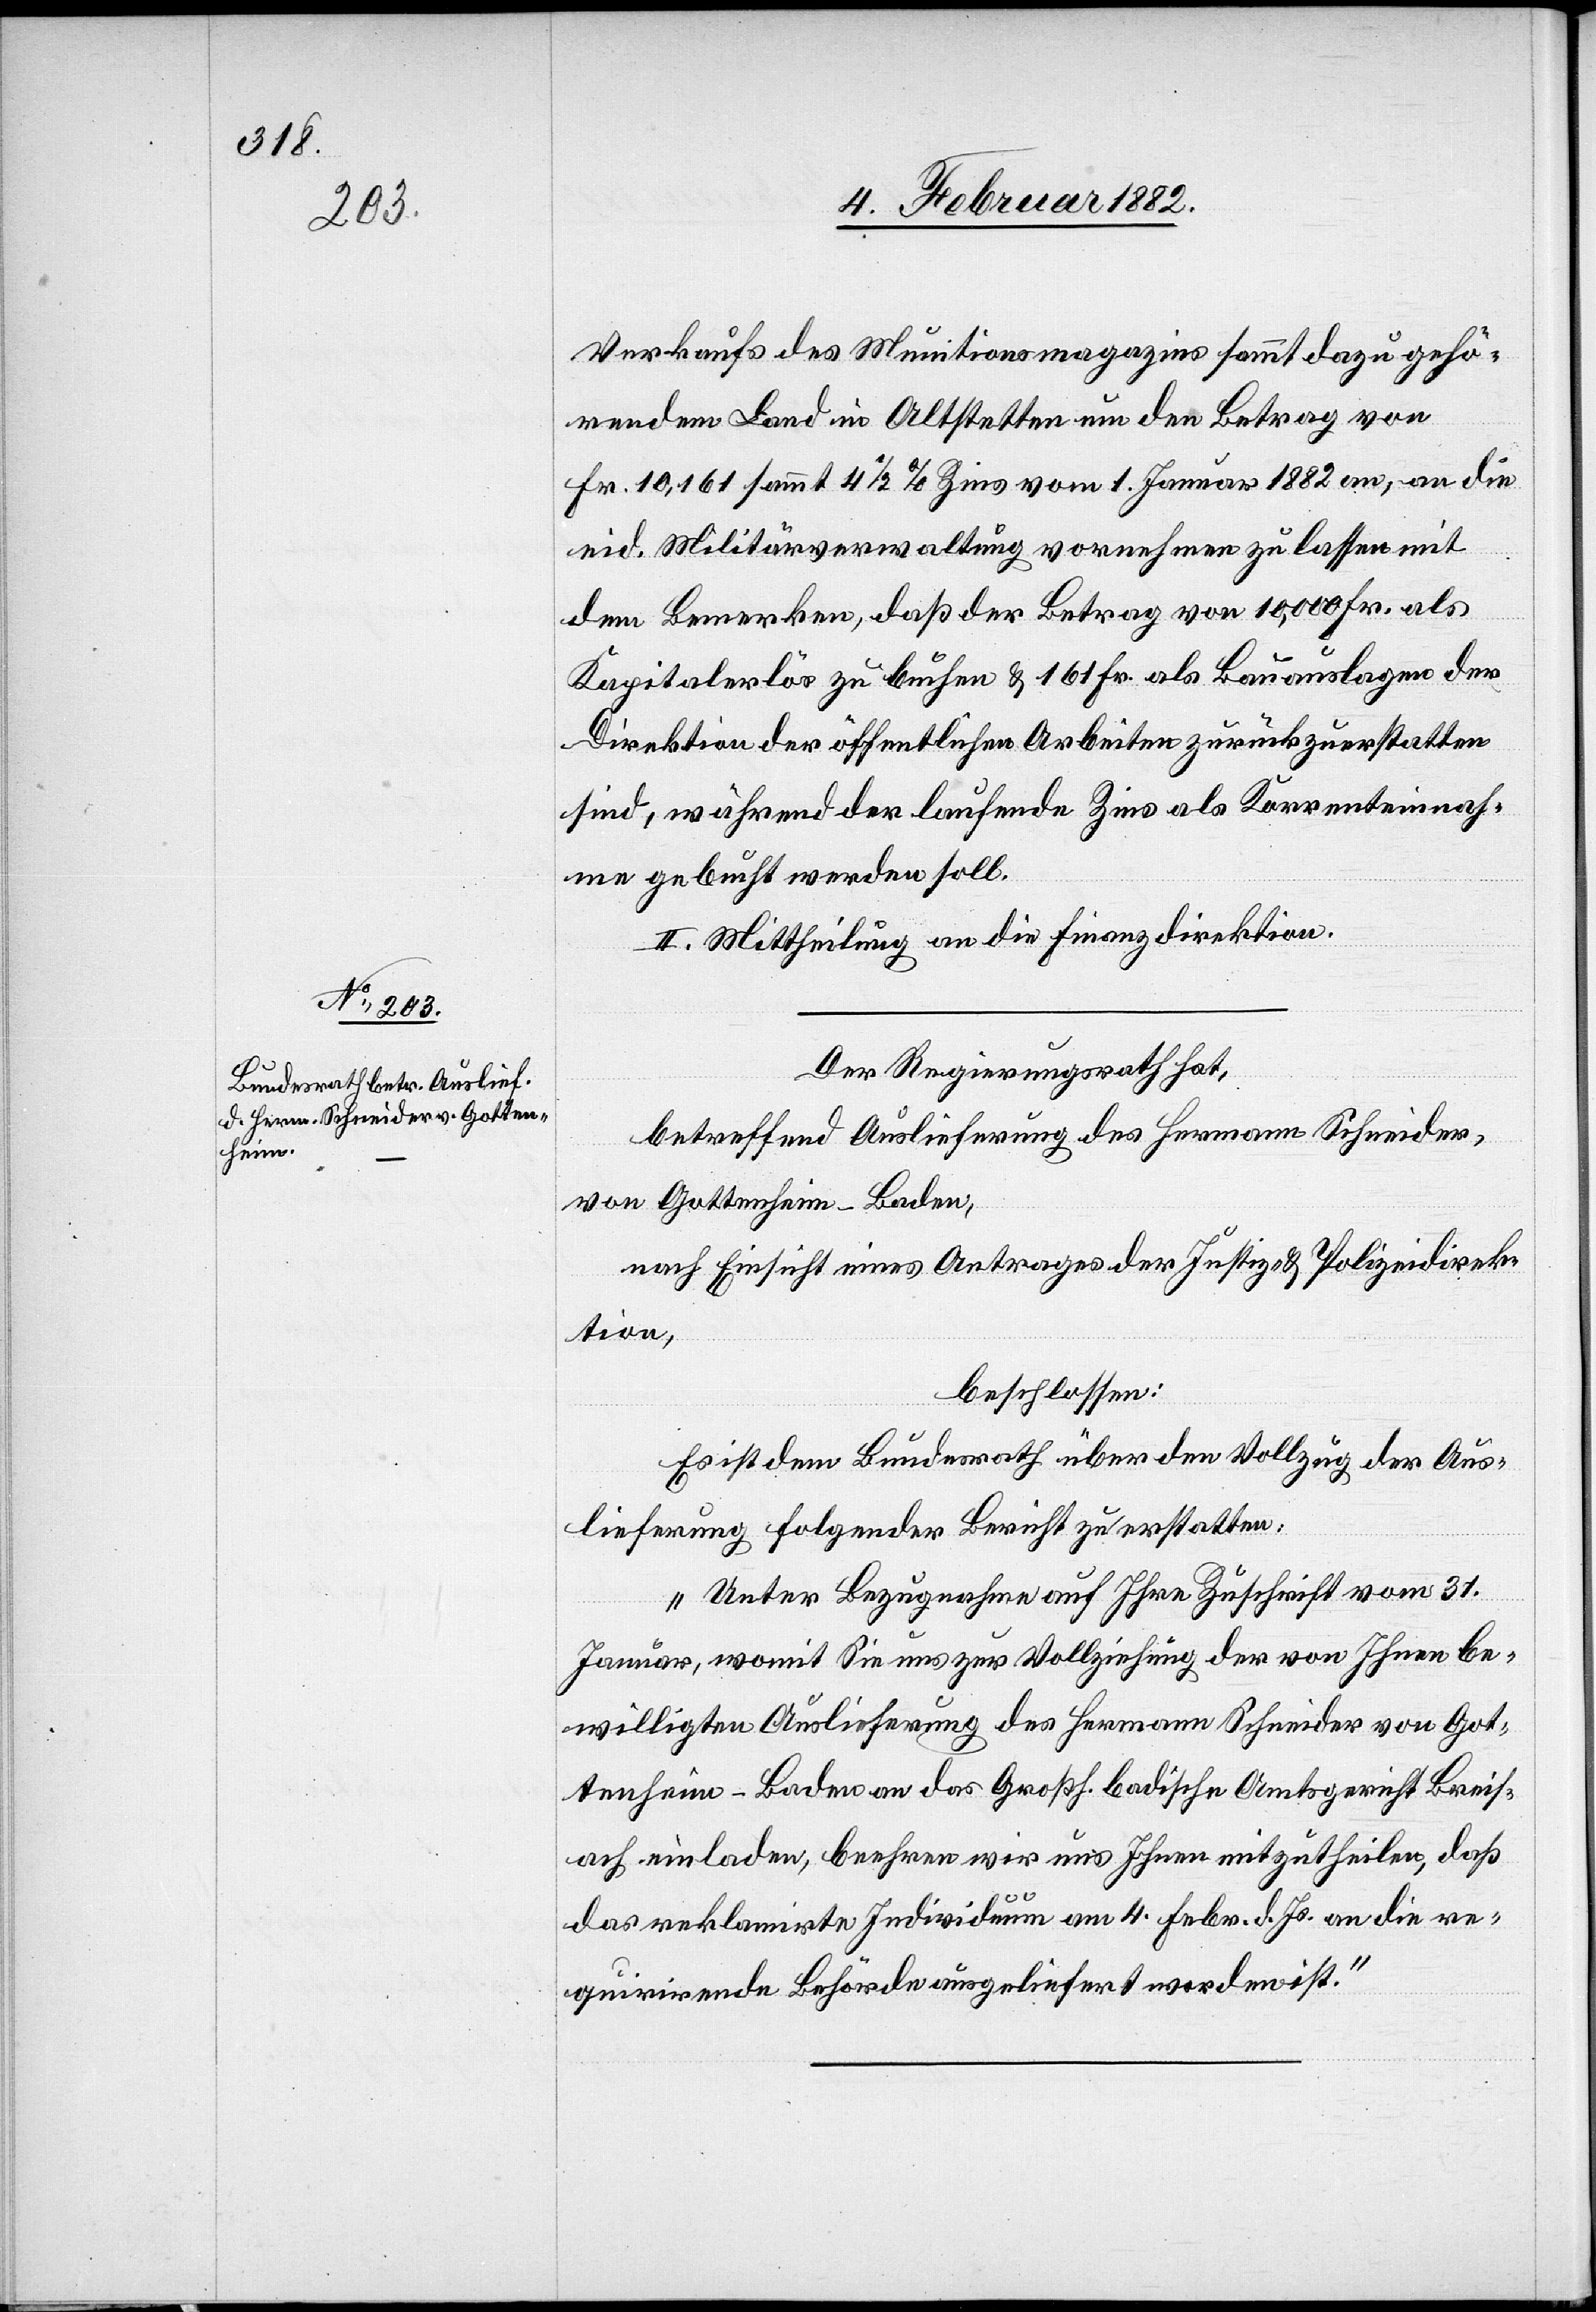
Verkaufs des Munitionsmagazines sammt dazu gehö¬
rendem Land in Altstetten um den Betrag von
Fr. 10,161 sammt 4 1/2 % Zins vom 1. Januar 1882 an, an die
eid. Militärverwaltung vornehmen zu lassen mit
dem Bemerken, daß der Betrag von 10,000 Fr. als
Kapitalerlös zu buchen & 161 Fr. als Bauauslagen der
Direktion der öffentlichen Arbeiten zurückzuerstatten
sind, während der laufende Zins als Korrenteinah¬
me gebucht werden soll.
II. Mittheilung an die Finanzdirektion.
Der Regierungsrath hat,
betreffend Auslieferung des Hermann Schneider,
von Gottenheim - Baden,
nach Einsicht eines Antrages der Justiz- & Polizeidirek¬
tion,
beschlossen:
Es ist dem Bundesrath über den Vollzug der Aus¬
lieferung folgender Bericht zu erstatten:
„Unter Bezugnahme auf Ihre Zuschrift vom 31.
Januar, womit Sie uns zur Vollziehung der von Ihnen be¬
willigten Auslieferung des Hermann Schneider von Got¬
tenheim - Baden an das Großh. badische Amtsgericht Breis¬
ach einladen beehren wir uns Ihnen mitzutheilen, daß
das reklamirte Individuum am 4. Febr. d. Js. an die re¬
qurirende Behörde ausgeliefert worden ist.